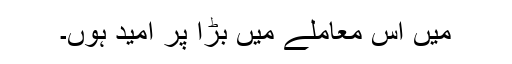
میں اس معاملے میں بڑا پُر امید ہوں۔